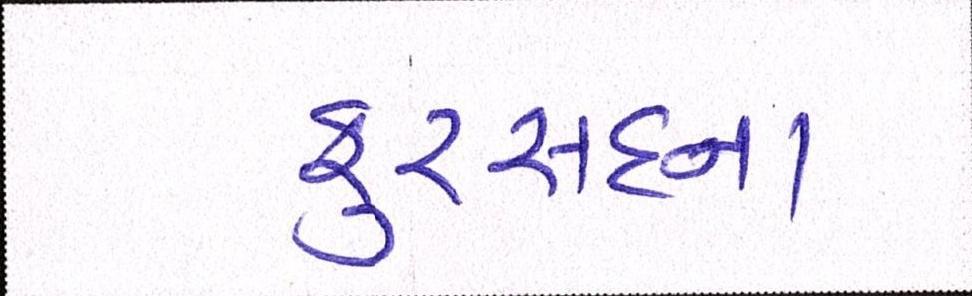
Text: ફુરસદના